画像に写った文字を読んでください
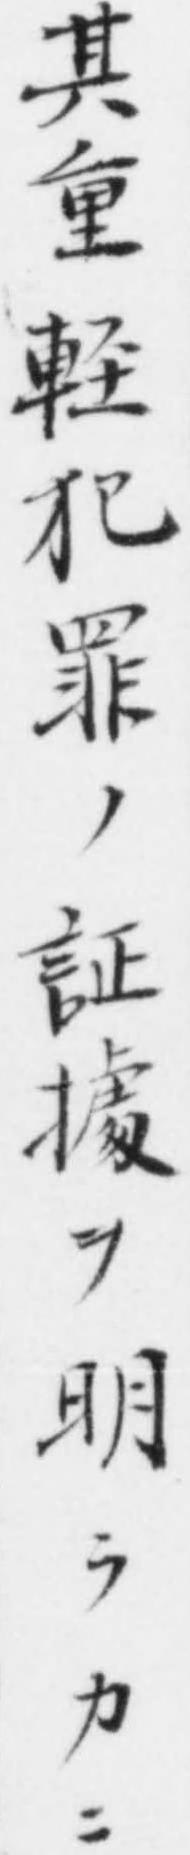
「其重軽犯罪ノ証㩀ヲ明ラカニ」と書いてあります